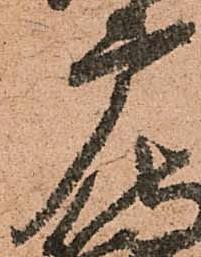
广